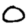
Digit: 0